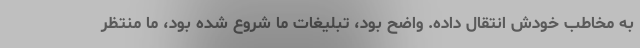
به مخاطب خودش انتقال داده. واضح بود، تبلیغات ما شروع شده بود، ما منتظر